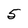
Character: 5